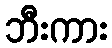
ဘီးကား